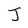
Character: J